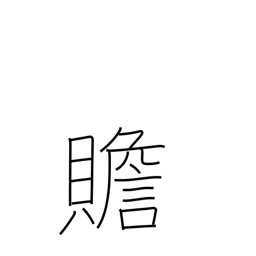
Meaning: add to